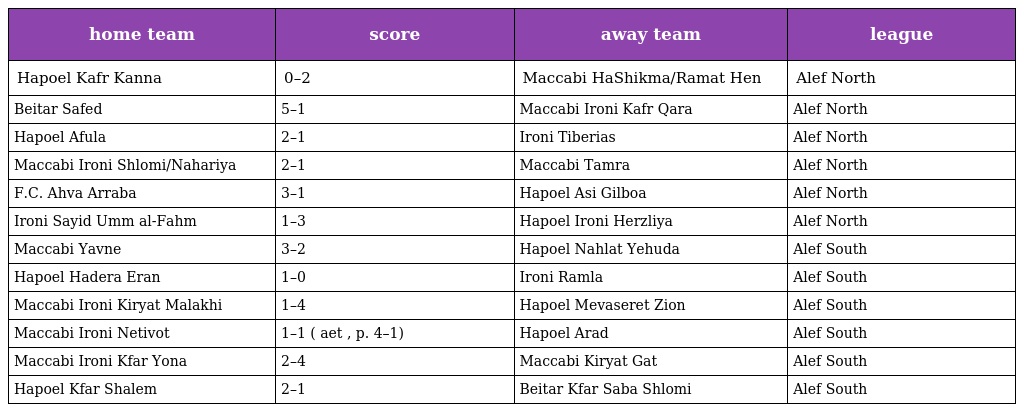
| home team | score | away team | league |
 | --- | --- | --- | --- |
 | Hapoel Kafr Kanna | 0–2 | Maccabi HaShikma/Ramat Hen | Alef North |
 | Beitar Safed | 5–1 | Maccabi Ironi Kafr Qara | Alef North |
 | Hapoel Afula | 2–1 | Ironi Tiberias | Alef North |
 | Maccabi Ironi Shlomi/Nahariya | 2–1 | Maccabi Tamra | Alef North |
 | F.C. Ahva Arraba | 3–1 | Hapoel Asi Gilboa | Alef North |
 | Ironi Sayid Umm al-Fahm | 1–3 | Hapoel Ironi Herzliya | Alef North |
 | Maccabi Yavne | 3–2 | Hapoel Nahlat Yehuda | Alef South |
 | Hapoel Hadera Eran | 1–0 | Ironi Ramla | Alef South |
 | Maccabi Ironi Kiryat Malakhi | 1–4 | Hapoel Mevaseret Zion | Alef South |
 | Maccabi Ironi Netivot | 1–1 ( aet , p. 4–1) | Hapoel Arad | Alef South |
 | Maccabi Ironi Kfar Yona | 2–4 | Maccabi Kiryat Gat | Alef South |
 | Hapoel Kfar Shalem | 2–1 | Beitar Kfar Saba Shlomi | Alef South |